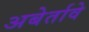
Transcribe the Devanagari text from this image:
अबेर्तावे